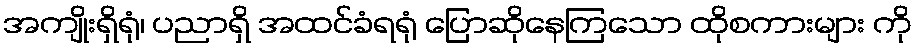
အကျိုးရှိရုံ၊ ပညာရှိ အထင်ခံရရုံ ပြောဆိုနေကြသော ထိုစကားများ ကို